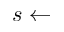
s \gets